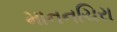
માનનચિરા